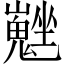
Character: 𡓮